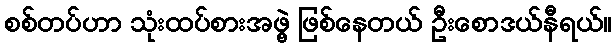
စစ်တပ်ဟာ သုံးထပ်စားအဖွဲ့ ဖြစ်နေတယ် ဦးစောဒယ်နီရယ်။